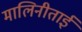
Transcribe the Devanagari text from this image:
मालिनीताई